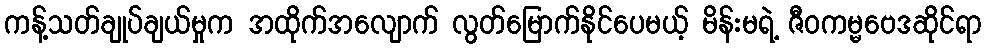
ကန့်သတ်ချုပ်ချယ်မှုက အထိုက်အလျောက် လွတ်မြောက်နိုင်ပေမယ့် မိန်းမရဲ့ ဇီဝကမ္မဗေဒဆိုင်ရာ